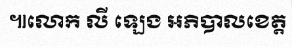
៕លោក លី ឡេង អភិបាលខេត្ត